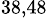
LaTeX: ^{38,48}